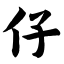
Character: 仔